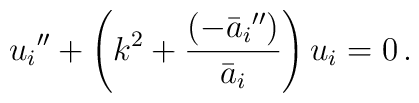
{u_i}''+\left(k^2+\frac{({-\bar{a}_i}'')}{\bar{a}_i}\right)u_i=0 \,.